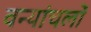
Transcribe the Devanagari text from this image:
वन्यांचलों